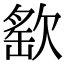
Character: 𣣳